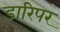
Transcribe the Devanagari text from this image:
डारिपर